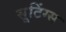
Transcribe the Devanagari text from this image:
सूटिंग्स